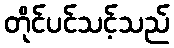
တိုင်ပင်သင့်သည်